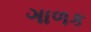
ગાળક